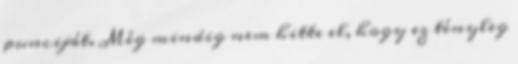
punciját. Még mindig nem hitte el, hogy ez tényleg